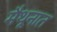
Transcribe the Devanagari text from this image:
मैथूनात